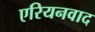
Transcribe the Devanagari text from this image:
एरियनवाद